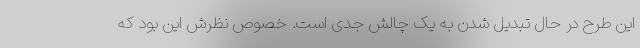
این طرح در حال تبدیل شدن به یک چالش جدی است. خصوص نظرش این بود که